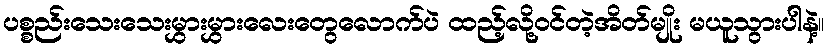
ပစ္စည်းသေးသေးမွှားမွှားလေးတွေလောက်ပဲ ထည့်လို့ဝင်တဲ့အိတ်မျိုး မယူသွားပါနဲ့။